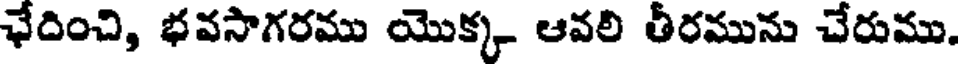
ఛేదించి, భవసాగరము యొక్క ఆవలి తీరమును చేరుము.